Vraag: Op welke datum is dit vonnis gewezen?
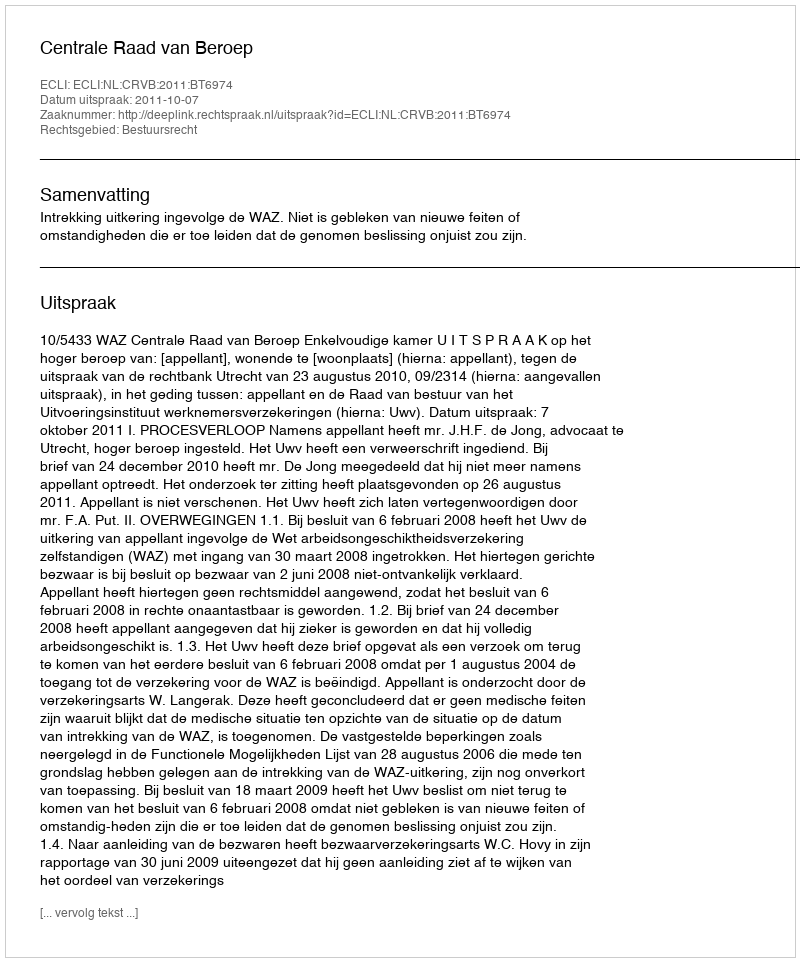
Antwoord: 2011-10-07